Vaccination in Bombay 1924-1928 - 1924-1928
Year: 1924
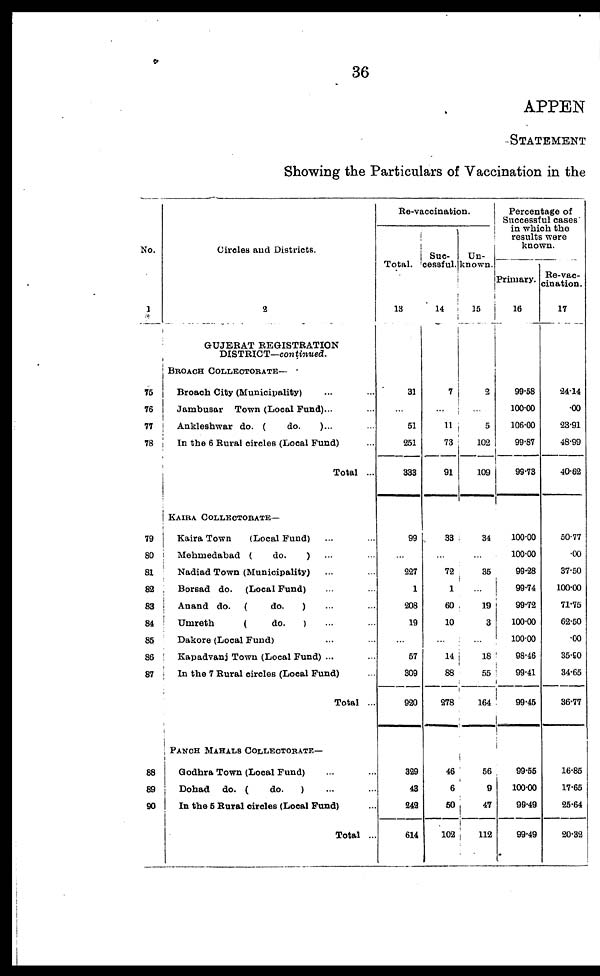
36
APPEN
STATEMENT
Showing the Particulars of Vaccination in the
No.
1
75
76
77
78
79
80
81
82
83
84
85
86
87
88
89
90
Circles and Districts.
2
GUJERAT REGISTRATION
DISTRICT—continued.
BROACH COLLECTORATE—
Broach City (Municipality) ... ...
Jambusar Town (Local Fund)... ...
Ankleshwar do. (
do.
)... ...
In the 6 Rural circles (Local Fund) ...
Total ...
KAIRA COLLECTORATE—
Kaira Town
(Local Fund) ... ...
Mehmedabad (
do.
) ... ...
Nadiad Town (Municipality) ... ...
Borsad do. (Local Fund) ... ...
Anand do. (
do.
) ... ...
Umreth
(
do.
) ... ...
Dakore (Local Fund) ... ...
Kapadvanj Town (Local Fund) ...
In the 7 Rural circles (Local Fund) ...
Total ...
PANCH MAHALS COLLECTORATE—
Godhra Town (Local Fund) ... ...
Dohad do. (
do.
) ... ...
In the 5 Rural circles (Local Fund) ...
Total ...
Re-vaccination.
Total.
13
31
...
51
251
333
99
...
227
1
208
19
...
57
309
920
329
43
242
614
Suc-
cessful.
14
7
...
11
73
91
33
...
72
1
60
10
...
14
88
278
46
6
50
102
Un-
known.
15
2
...
5
102
109
34
...
35
...
19
3
...
18
55
164
56
9
47
112
Percentage of
Successful cases
in which the
results were
known.
Primary.
16
99.58
100.00
106.00
99.87
99.73
100.00
100.00
99.28
99.74
99.72
100.00
100.00
98.46
99.41
99.45
99.56
100.00
99.49
99.49
Re-vac-
cination.
17
24.14
.00
23.91
48.99
40.62
50.77
.00
37.50
100.00
71.75
62.50
.00
35.90
34.65
36.77
16.85
17.65
25.64
20.32